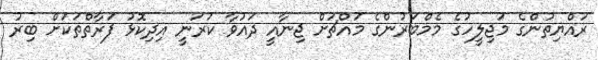
ރައްޔިތުންގެ މަޖިލީހުގެ މެމްބަރުންގެ މައްޗަށް ޖިނާއީ ދައުވާ ކުރަނީ އިދިކޮޅު ފަރާތްތަކަށް ބިރު